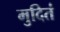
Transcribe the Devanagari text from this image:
मुदितं